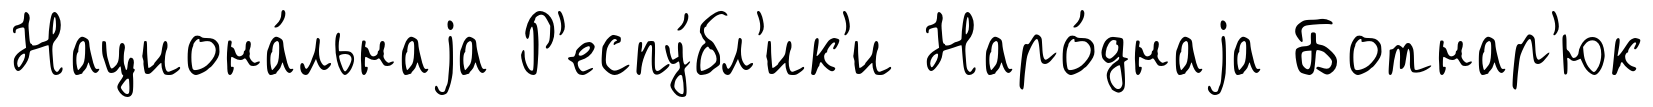
Национа́льнаjа Р'еспу́бл'ик'и Наро́днаjа Ботнар'юк